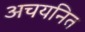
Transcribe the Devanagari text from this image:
अचयनित